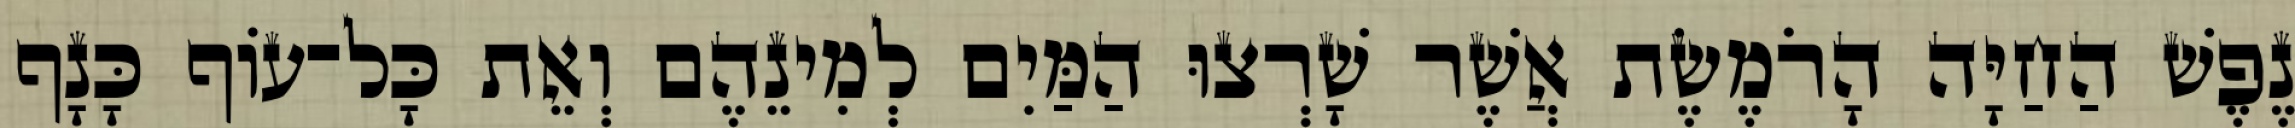
נֶפֶשׁ הַחַיָּה הָרֹמֶשֶׂת אֲשֶׁר שָׁרְצוּ הַמַּיִם לְמִינֵהֶם וְאֵת כָּל־עֹוף כָּנָף